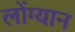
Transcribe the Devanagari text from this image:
लोंग्यान